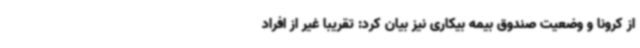
از کرونا و وضعیت صندوق بیمه بیکاری نیز بیان کرد: تقریبا غیر از افراد